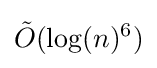
{\tilde {O}}(\log(n)^{6})